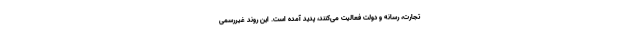
تجارت، رسانه و دولت فعالیت می‌کنند، پدید آمده است. این روند غیررسمی